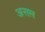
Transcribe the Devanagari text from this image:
असम़